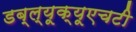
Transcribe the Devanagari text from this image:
डब्ल्यूक्यूएचटी